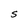
Character: S